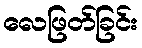
လေဖြတ်ခြင်း